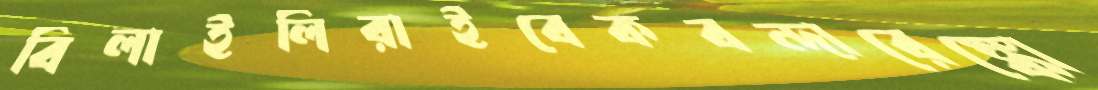
বিলাইলিরাইবেকবন্দারেঙ্কো